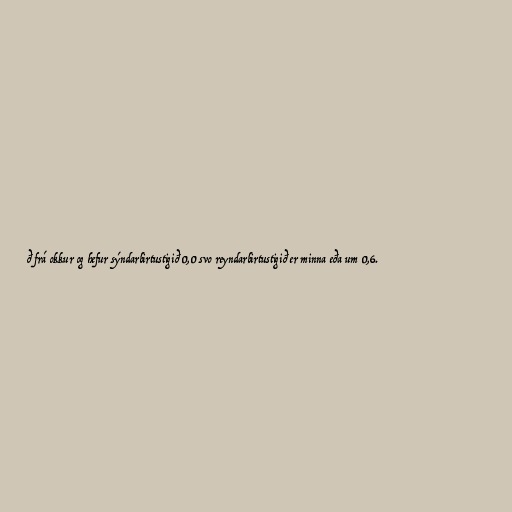
ð frá okkur og hefur sýndarbirtustigið 0,0 svo reyndarbirtustigið er minna eða um 0,6.